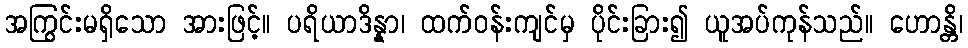
အကြွင်းမရှိသော အားဖြင့်။ ပရိယာဒိန္နာ၊ ထက်ဝန်းကျင်မှ ပိုင်းခြား၍ ယူအပ်ကုန်သည်။ ဟောန္တိ၊